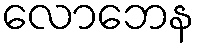
လောဘေန